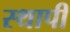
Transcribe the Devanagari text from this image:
स्थापी